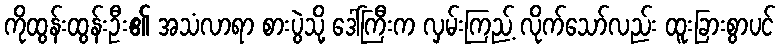
ကိုထွန်းထွန်းဦး၏ အသံလာရာ စားပွဲသို့ ဒေါ်ကြီးက လှမ်းကြည့် လိုက်သော်လည်း ထူးခြားစွာပင်